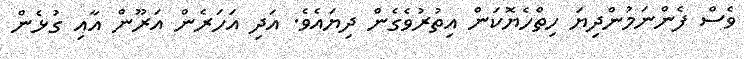
ވެސް ފެންނަމުންދިޔަ ހިތްހެޔޮކަން އިތުރުވެގެން ދިޔައެވެ. އަދި އަހަރެން އަރޫން އާއި ގުޅެން